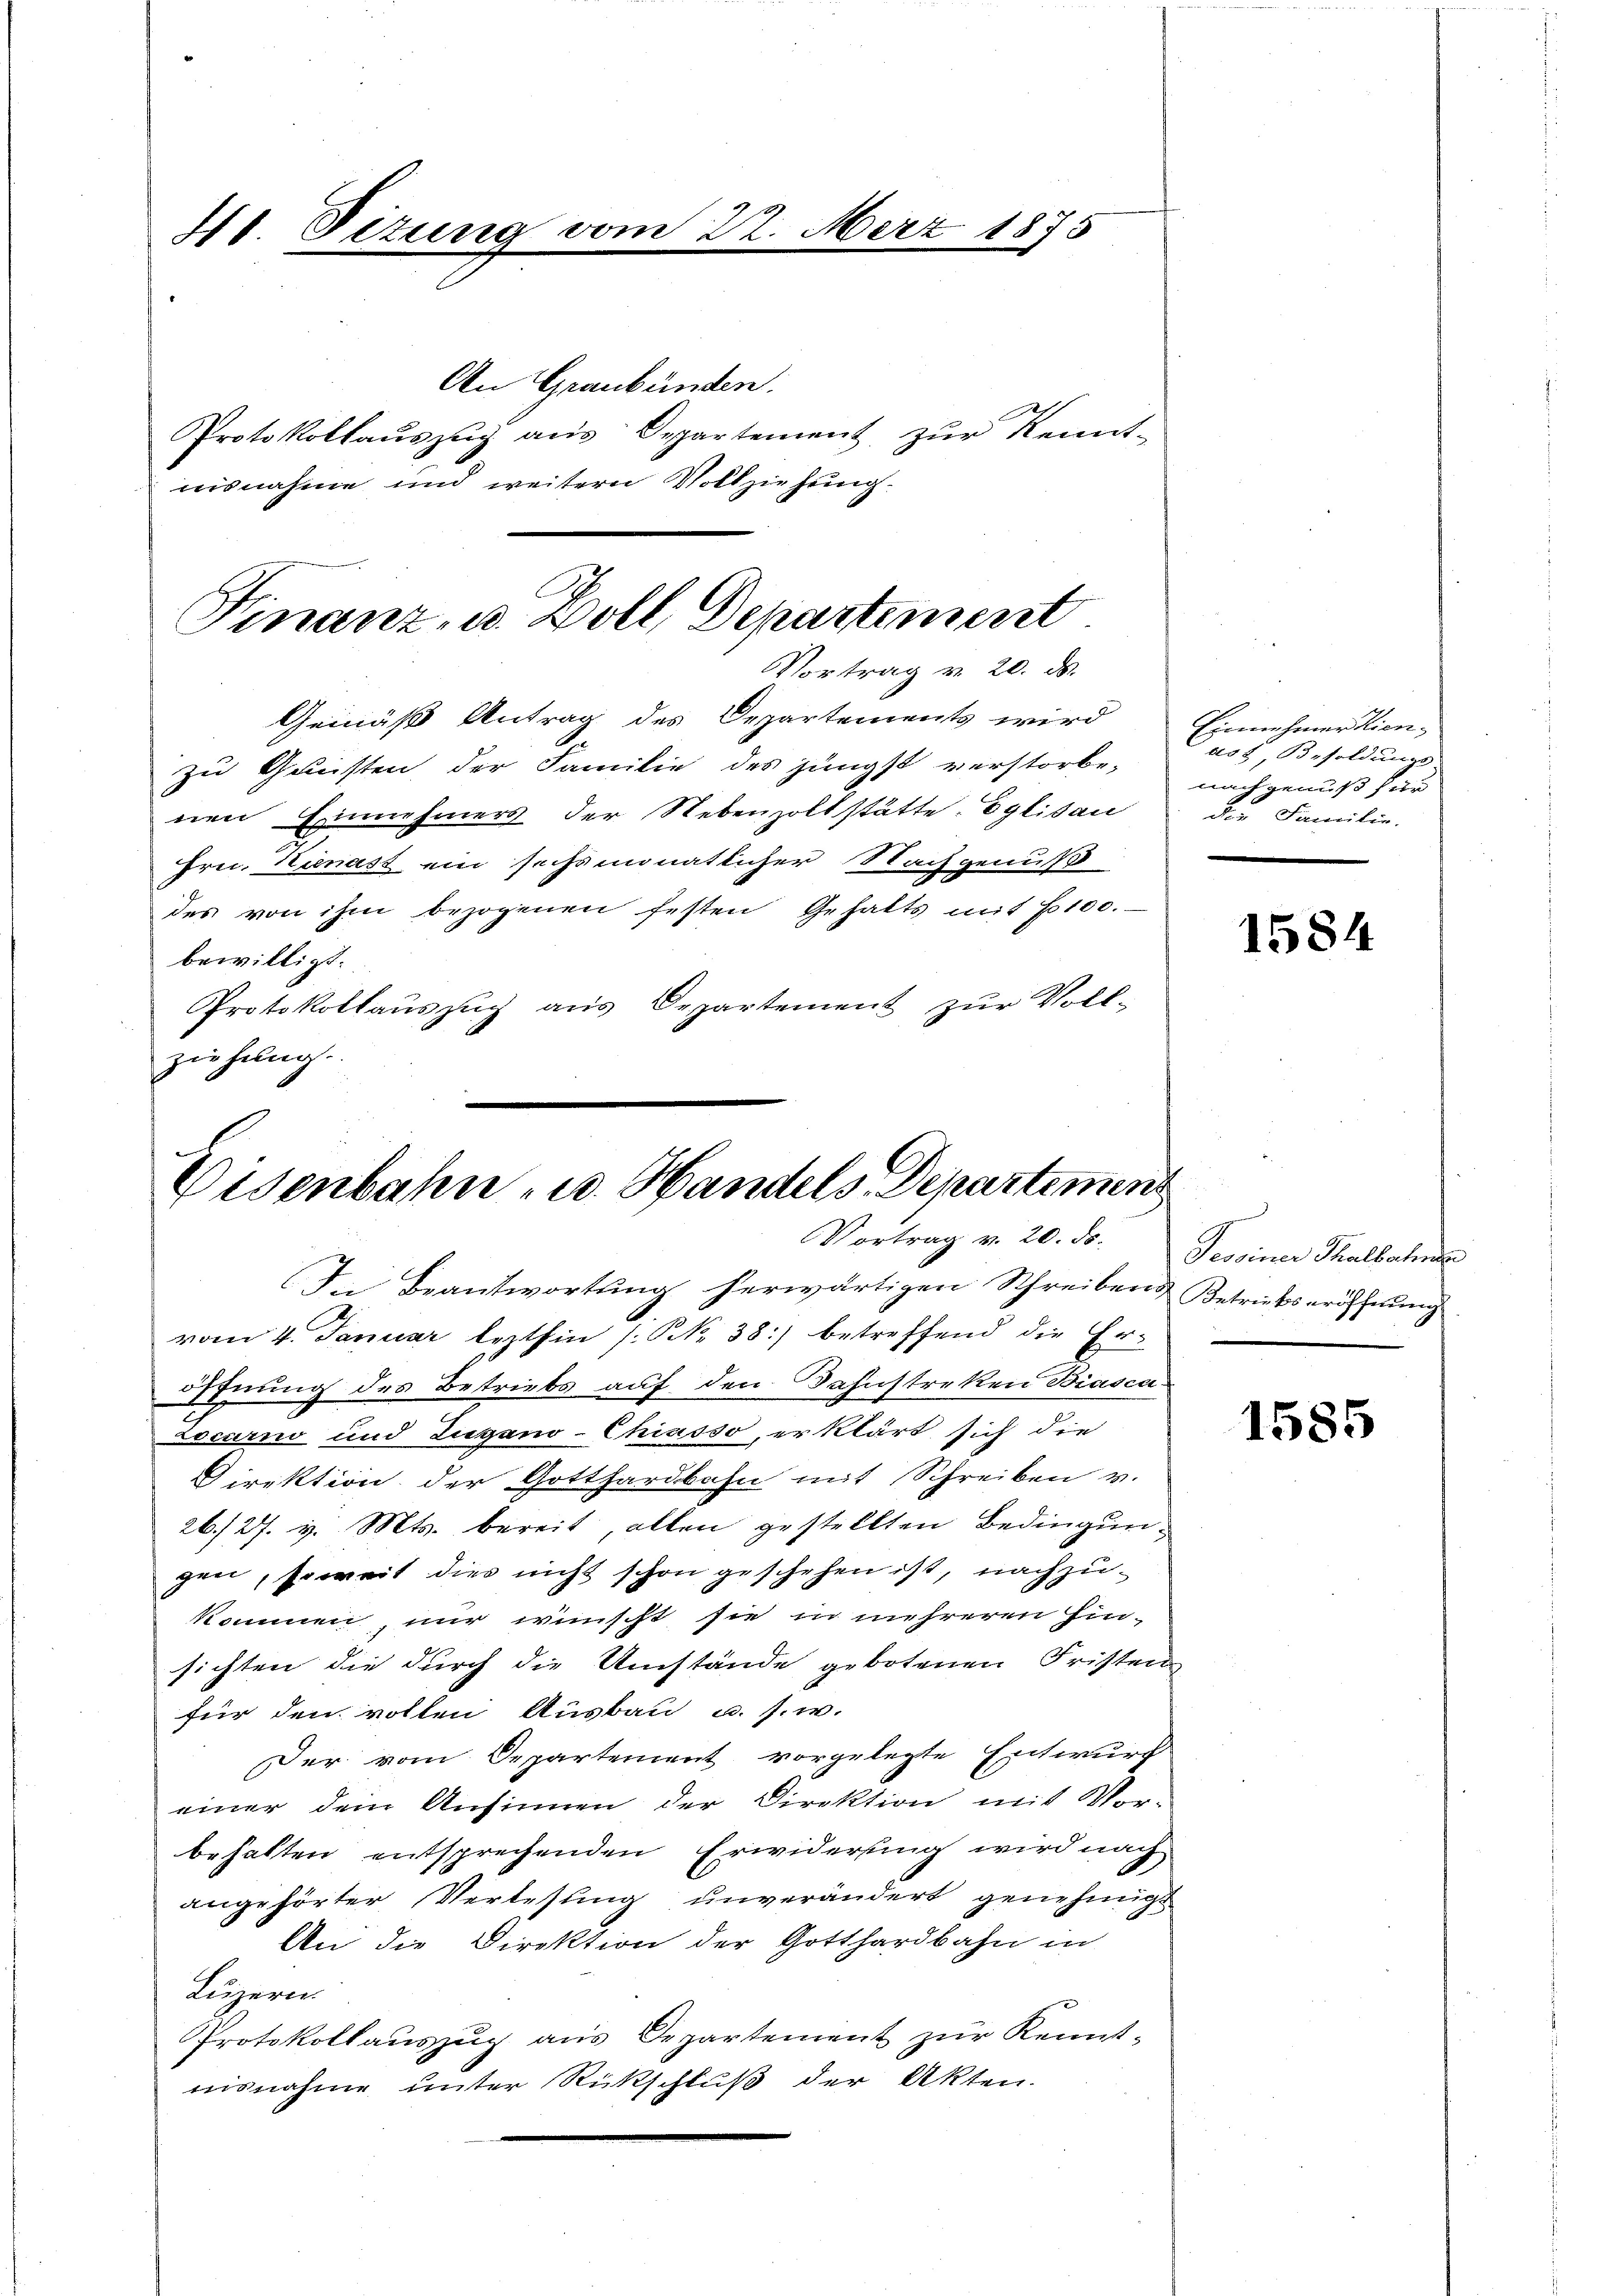
41. Situng vom 22. Merz 1875

nisnahme und weitern Vollziehung.

Finanz- u. Boll Departement
VVortrag v. 20. ds.

An Graubünden.
Protokollaŭszŭg aŭs Departement zŭr Kennt-

nen Einnehmers der Nebenzollstätte. Eglisau

Gemäß Antrag des Departements wird
zu Gunsten der Familie des jüngst verstorbe-
Frn. Hienast ein sechsmonatlicher Nachgenuß
des von ihm bezogenen festen Gehalts mit 100.
bewilligt.
Protokollauszug aus Departement zur Voll-
ziehung.

Disenbahn u. Handels Departement
Vortrag v. 20. ds.
In Beantwortung herwärtigen Schreibens Betriebseröffnung

vom 4. Januar lezthin (: NNo. 38.) betreffend die Er-
öffnung des Betriebs auf den Kahnstreken Biasca
Locarno und Zugano-Chiasso, erklärt sich die
Direktion der Gotthardbahn mit Schreiben v.
26/27. v. Mts. bereit, allen gestellten Bedingungen, soweit dies nicht schon geschehen ist, nachzukommen, nur wünscht sie in mehreren hin-
sichten die durch die Umstände gebotenen Fristen
für den vollen Ausbau u. s. w.
Der vom Departement vorgelegte Entwurf
einer dem Ansinnen der Direktion mit Vor-
behalten entsprechenden Erwiderung wird nach
angehörter Verlesung unverändert genehmigt
An die Direktion der Gotthardbahn in
Luzern
Protokollaŭszŭg aŭs Departement zŭr Kennt-
nisnahme unter Rückschluß der Akten.

Einnehmer Kienas, Besoldungs-
nach genuß für
die Familie.

1584

.
Tessiner Thalbahnen

1585